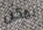
يمكن